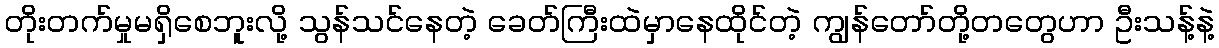
တိုးတက်မှုမရှိစေဘူးလို့ သွန်သင်နေတဲ့ ခေတ်ကြီးထဲမှာနေထိုင်တဲ့ ကျွန်တော်တို့တတွေဟာ ဦးသန့်နဲ့